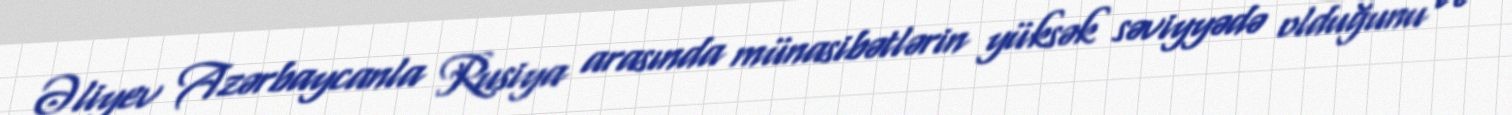
Əliyev Azərbaycanla Rusiya arasında münasibətlərin yüksək səviyyədə olduğunu və